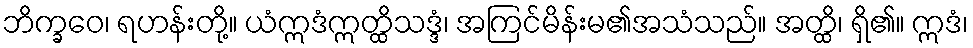
ဘိက္ခဝေ၊ ရဟန်းတို့။ ယံဣဒံဣတ္ထိသဒ္ဒံ၊ အကြင်မိန်းမ၏အသံသည်။ အတ္ထိ၊ ရှိ၏။ ဣဒံ၊